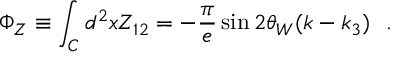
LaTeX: \Phi _ { Z } \equiv \int _ { \cal C } d ^ { 2 } x Z _ { 1 2 } = - \frac { \pi } { e } \sin 2 \theta _ { W } ( k - k _ { 3 } ) ~ ~ .